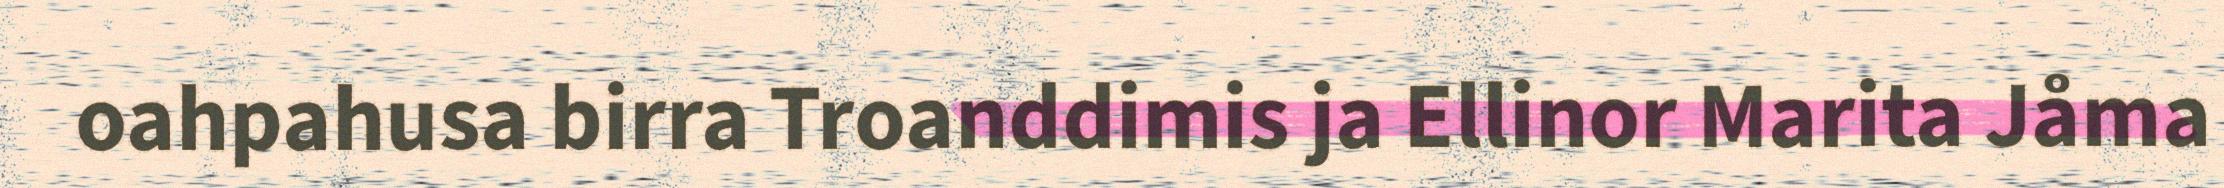
oahpahusa birra Troanddimis ja Ellinor Marita Jåma